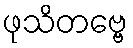
ဖုသိတဗ္ဗေ